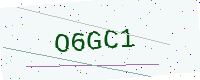
Text: O6GC1